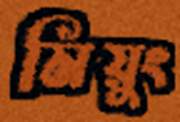
মিয়ুং